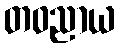
တဝညာယ